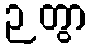
ဉတွာ